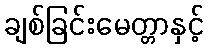
ချစ်ခြင်းမေတ္တာနှင့်